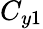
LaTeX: C_{y1}